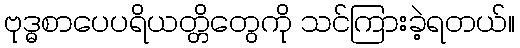
ဗုဒ္ဓစာပေပရိယတ္တိတွေကို သင်ကြားခဲ့ရတယ်။